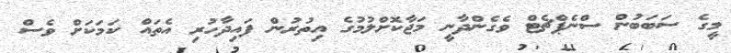
މީގެ ސަބަބުން ސްނެޕްޗެޓް ވެގެންދާނީ މަޖާކޮށްލުމުގެ އިތުރުން ފައިދާހުރި އެތައް ކަމަކަށް ވެސް